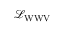
{ \mathcal { L } } _ { \mathrm { W W V } }